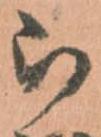
被